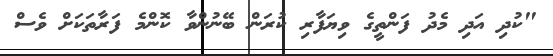
"ކުދި އަދި މެދު ފަންތީގެ ވިޔަފާރި ކުރަން ބޭނުންވާ ކޮންމެ ފަރާތަކަށް ވެސް